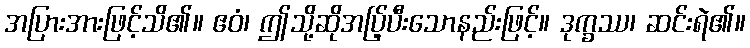
အပြားအားဖြင့်သိ၏။ ဧဝံ၊ ဤသို့ဆိုအပ်ြ့ပီးသောနည်းဖြင့်။ ဒုက္ခဿ၊ ဆင်းရဲ၏။